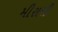
મીરાશી